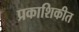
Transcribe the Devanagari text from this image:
प्रकाशिकीत